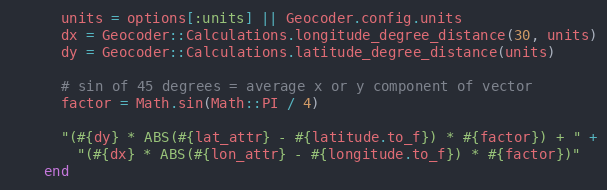
Language: Ruby
      units = options[:units] || Geocoder.config.units
      dx = Geocoder::Calculations.longitude_degree_distance(30, units)
      dy = Geocoder::Calculations.latitude_degree_distance(units)

      # sin of 45 degrees = average x or y component of vector
      factor = Math.sin(Math::PI / 4)

      "(#{dy} * ABS(#{lat_attr} - #{latitude.to_f}) * #{factor}) + " +
        "(#{dx} * ABS(#{lon_attr} - #{longitude.to_f}) * #{factor})"
    end